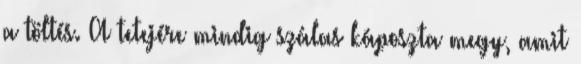
a töltés. A tetejére mindig szálas káposzta megy, amit